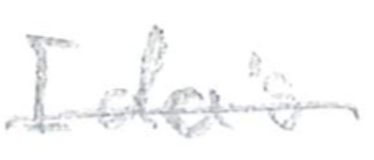
Text: Ida's
Cross-out: single-line
Writing tool: pencil